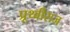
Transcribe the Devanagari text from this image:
प्रूथ्‍वीराज